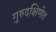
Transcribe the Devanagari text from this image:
गुरुदक्षिणेत